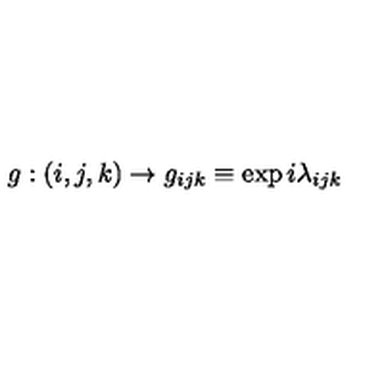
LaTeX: g : ( i , j , k ) \rightarrow g _ { i j k } \equiv \exp { i \lambda _ { i j k } }